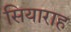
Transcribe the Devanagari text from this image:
सियाराह